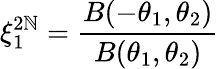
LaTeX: \xi_{1}^{2\mathbb{N}}=\frac{{B(-\theta_{1},\theta_{2})}}{{B(\theta_{1},\theta_{2})}}